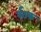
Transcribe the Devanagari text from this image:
र्बठक